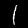
Digit: 1